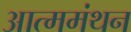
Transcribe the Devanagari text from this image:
आत्ममंथन